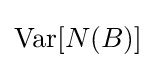
\textstyle {\text{Var}}[{N}(B)]